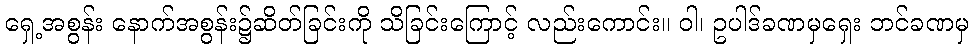
ရှေ့အစွန်း နောက်အစွန်း၌ဆိတ်ခြင်းကို သိခြင်းကြောင့် လည်းကောင်း။ ဝါ၊ ဥပါဒ်ခဏမှရှေး ဘင်ခဏမှ